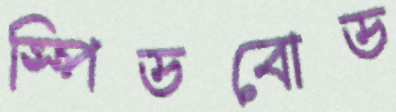
স্পিডবোড